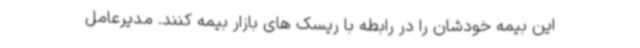
این بیمه خودشان را در رابطه با ریسک های بازار بیمه کنند. مدیرعامل